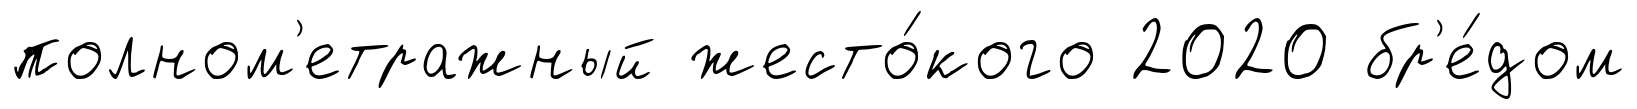
полном'етражный жесто́кого 2020 бр'е́дом